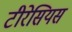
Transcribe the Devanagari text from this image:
टीरेसियस